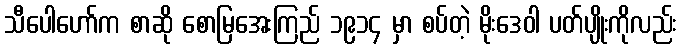
သီပေါဟော်က စာဆို စောမြအေးကြည် ၁၉၁၄ မှာ စပ်တဲ့ မိုးဒေဝါ ပတ်ပျိုးကိုလည်း